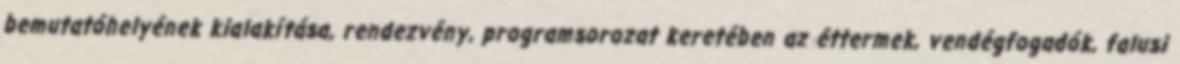
bemutatóhelyének kialakítása, rendezvény, programsorozat keretében az éttermek, vendégfogadók, falusi